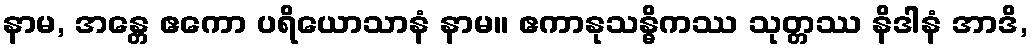
နာမ, အန္တေ ဧကော ပရိယောသာနံ နာမ။ ဧကာနုသန္ဓိကဿ သုတ္တဿ နိဒါနံ အာဒိ,